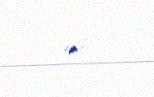
edib.